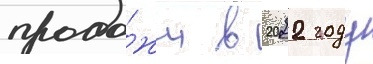
прода́жи в 2022 году